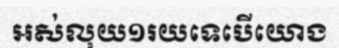
អស់លុយ១រយទេបើយោង